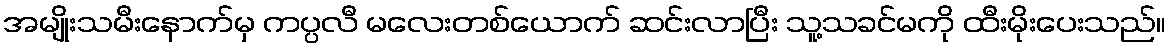
အမျိုးသမီးနောက်မှ ကပ္ပလီ မလေးတစ်ယောက် ဆင်းလာပြီး သူ့သခင်မကို ထီးမိုးပေးသည်။